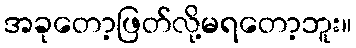
အခုတော့ဖြတ်လို့မရတော့ဘူး။